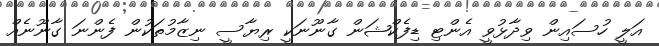
އަލީ ހުސައިން ވިދާޅުވީ އެންޓި ޑިފެކްޝަން ގާނޫނަކީ ރިޔާސީ ނިޒާމުތަކުން ފެންނަ ގާނޫނެއް